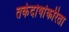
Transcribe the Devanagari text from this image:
तर्कदोषांकरिता